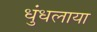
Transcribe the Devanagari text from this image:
धुंधलाया